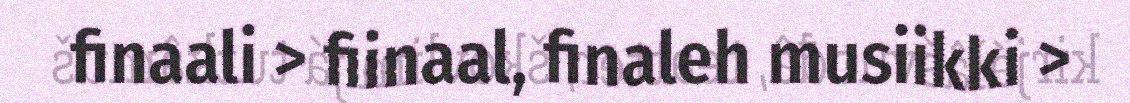
finaali > fiinaal, finaleh musiikki >